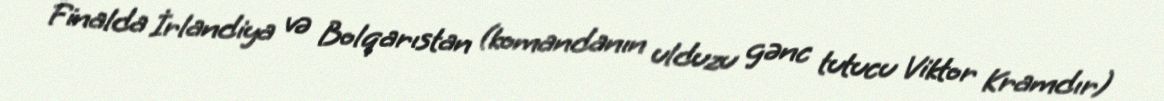
Finalda İrlandiya və Bolqarıstan (komandanın ulduzu gənc tutucu Viktor Kramdır)